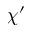
\chi ^ { \prime }